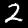
Digit: 2